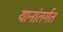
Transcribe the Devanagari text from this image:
यानांतर्गत